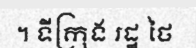
។ ទីក្រុង រដ្ឋ ថៃ